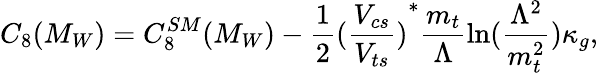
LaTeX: C_{8}(M_{W})=C_{8}^{SM}(M_{W})-\frac{1}{2}{(\frac{V_{cs}}{V_{ts}})}^{*}\frac{m_{t}}{\Lambda}\ln(\frac{\Lambda^{2}}{m_{t}^{2}})\kappa_{g},